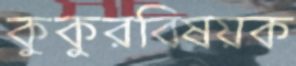
কুকুরবিষয়ক